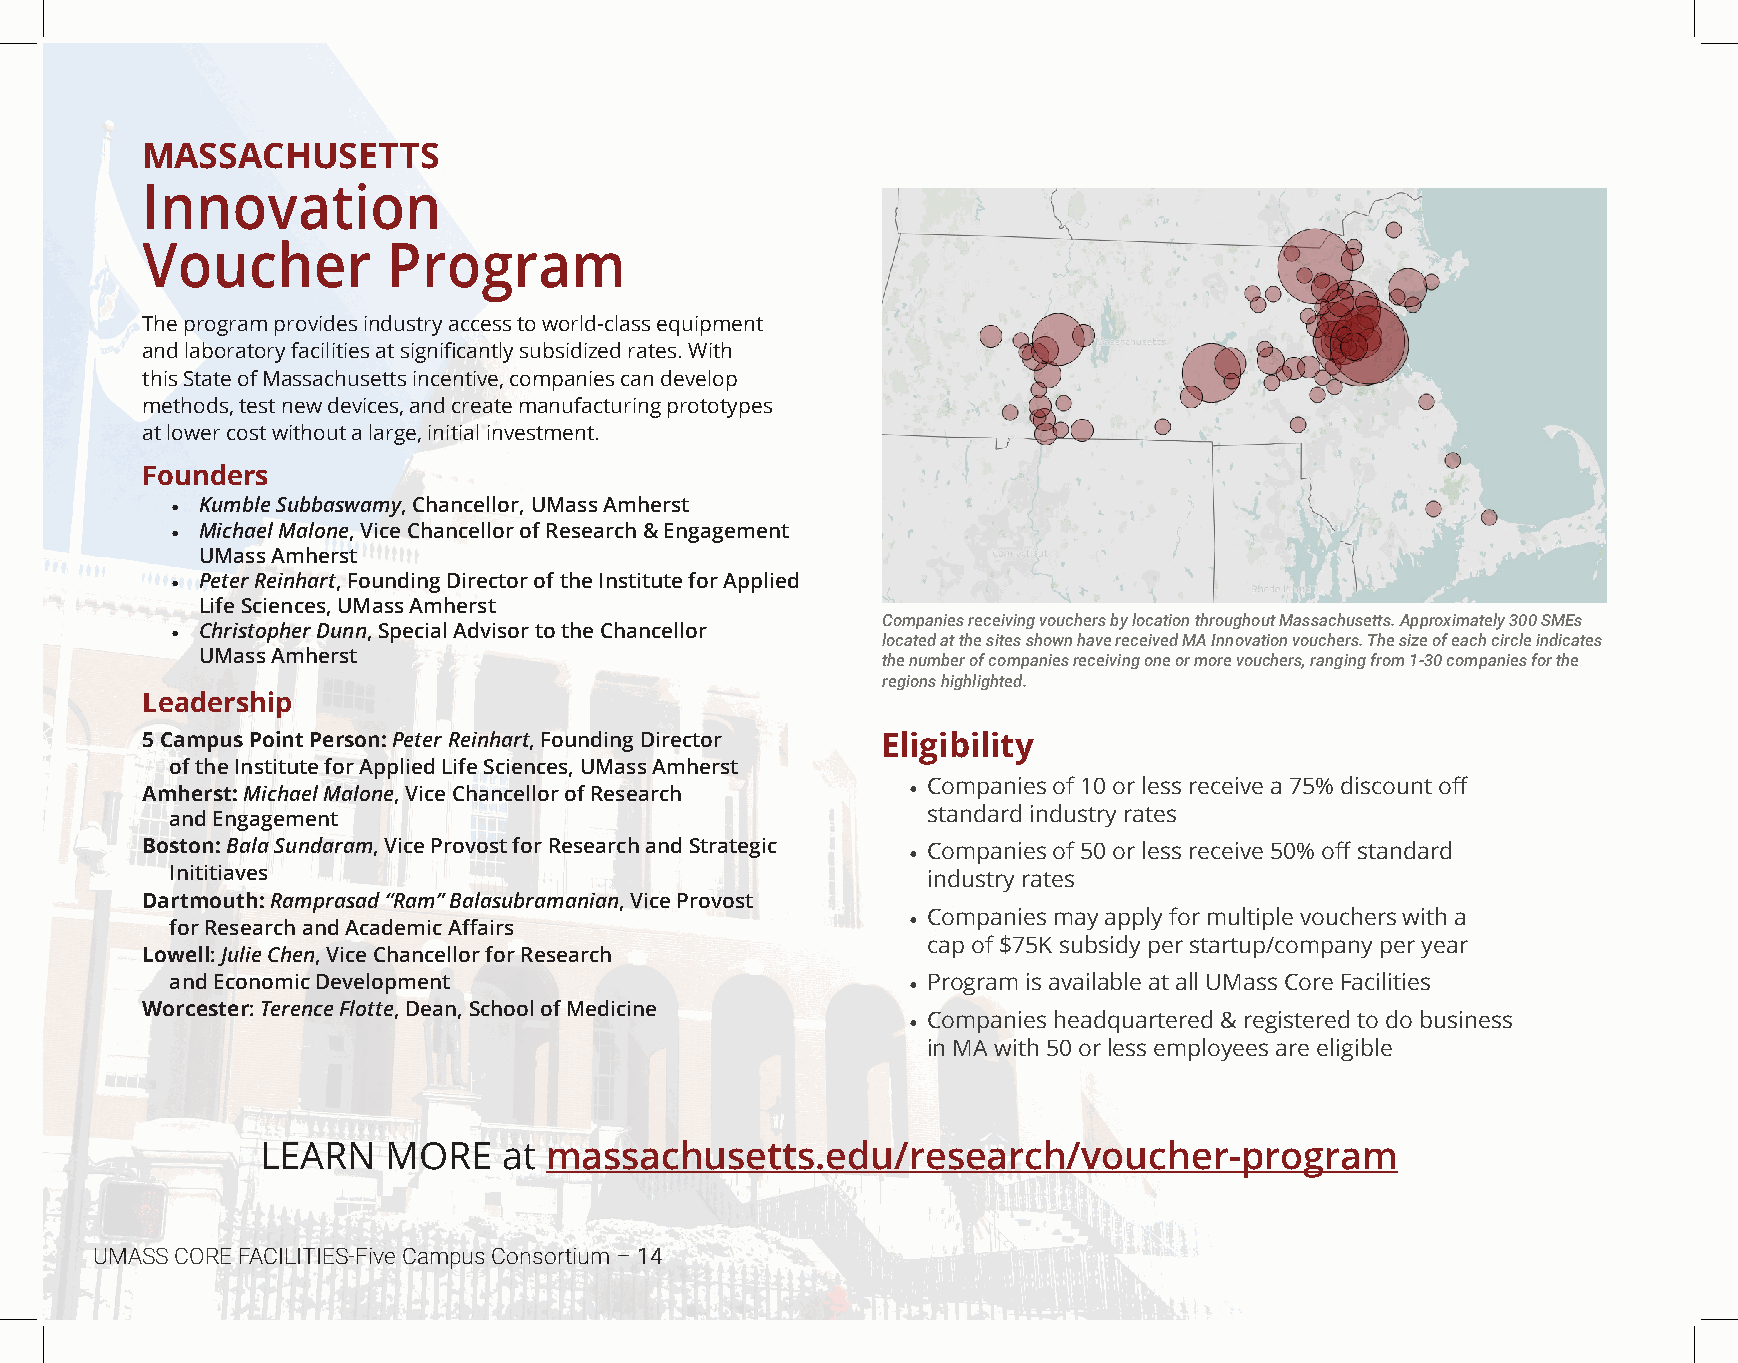
MASSACHUSETTS
 Innovation
 Voucher          Program
 The program provides industry access to world-class equipment
 and laboratory facilities at significantly subsidized rates. With
 this State of Massachusetts incentive, companies can develop
 methods, test new devices, and create manufacturing prototypes
 at lower cost without a large, initial investment.
 Founders
 • Kumble Subbaswamy, Chancellor, UMass Amherst
 • Michael Malone, Vice Chancellor of Research & Engagement
 UMass Amherst
 • Peter Reinhart, Founding Director of the Institute for Applied
 Life Sciences, UMass Amherst
 Companies receiving vouchers by location throughout Massachusetts. Approximately 300 SMEs
 • Christopher Dunn, Special Advisor to the Chancellor
 located at the sites shown have received MA Innovation vouchers. The size of each circle indicates
 UMass Amherst
 the number of companies receiving one or more vouchers, ranging from 1-30 companies for the
 regions highlighted.
 Leadership
 5 Campus Point Person: Peter Reinhart, Founding Director Eligibility
 of the Institute for Applied Life Sciences, UMass Amherst
 • Companies of 10 or less receive a 75% discount off
 Amherst: Michael Malone, Vice Chancellor of Research
 standard industry rates
 and Engagement
 Boston: Bala Sundaram, Vice Provost for Research and Strategic • Companies of 50 or less receive 50% off standard
 Inititiaves                                       industry rates
 Dartmouth: Ramprasad “Ram” Balasubramanian, Vice Provost
 • Companies may apply for multiple vouchers with a
 for Research and Academic Affairs
 cap of $75K subsidy per startup/company per year
 Lowell: Julie Chen, Vice Chancellor for Research
 and Economic Development                         • Program is available at all UMass Core Facilities
 Worcester: Terence Flotte, Dean, School of Medicine
 • Companies headquartered & registered to do business
 in MA with 50 or less employees are eligible
 LEARN    MORE   at massachusetts.edu/research/voucher-program
 UMASS CORE FACILITIES-Five Campus Consortium – 14